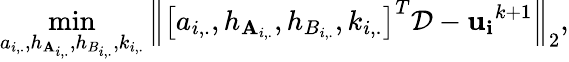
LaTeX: \operatorname*{min}_{a_{i,.},h_{\mathbf{A}_{i,.}},h_{B_{i,.}},k_{i,.}}\left\| \left[a_{i,.},h_{\mathbf{A}_{i,.}},h_{B_{i,.}},k_{i,.}\right]^{T}\mathcal{{D}}-\mathbf{{u_{i}}}^{k+1}\right\| _{2},